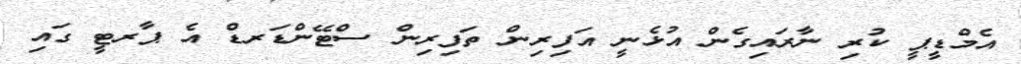
އެމްޑީޕީ ކުރި ނާރައިގެން އުޅެނީ އަފިރިން ތަފިރިން ސްޓޭންޑަރޑް އެ ޕާރޓީ ގައި